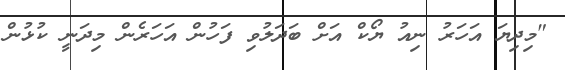
"މިދިޔަ އަހަރު ނިއު ޔޯކް އަށް ބަދަލުވި ފަހުން އަހަރެން މިދަނީ ކުޅުން